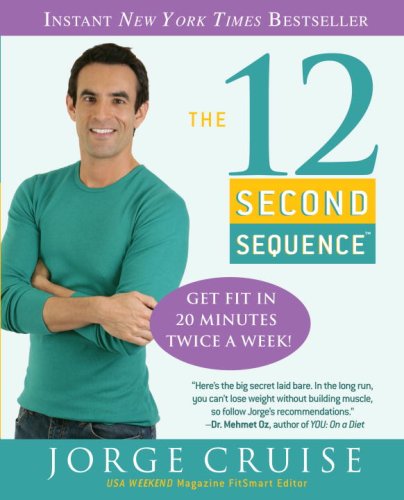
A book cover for The 12 Second Sequence: Get Fit in 20 Minutes Twice a Week!; Jorge Cruise; Health, Fitness & Dieting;